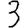
Digit: 3